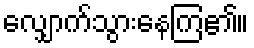
လျှောက်သွားနေကြ၏။